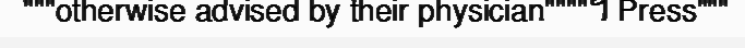
"""otherwise advised by their physician""""។ Press"""